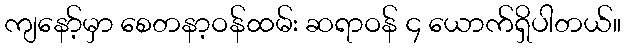
ကျနော့်မှာ စေတနာ့ဝန်ထမ်း ဆရာဝန် ၄ ယောက်ရှိပါတယ်။